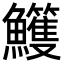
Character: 𩽕